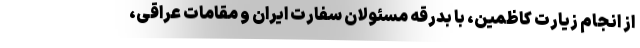
از انجام زیارت کاظمین، با بدرقه مسئولان سفارت ایران و مقامات عراقی،